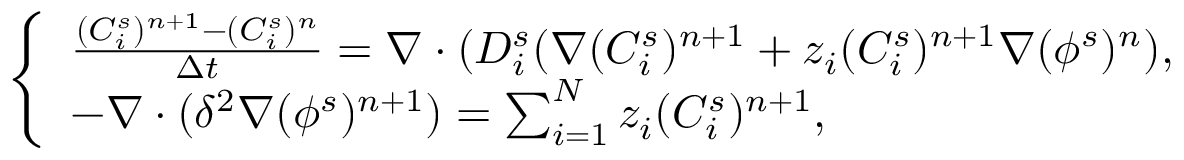
\left\{ \begin{array} { l } { \frac { ( C _ { i } ^ { s } ) ^ { n + 1 } - ( C _ { i } ^ { s } ) ^ { n } } { \Delta t } = \nabla \cdot ( D _ { i } ^ { s } ( \nabla ( C _ { i } ^ { s } ) ^ { n + 1 } + z _ { i } ( C _ { i } ^ { s } ) ^ { n + 1 } \nabla ( \phi ^ { s } ) ^ { n } ) , } \\ { - \nabla \cdot ( \delta ^ { 2 } \nabla ( \phi ^ { s } ) ^ { n + 1 } ) = \sum _ { i = 1 } ^ { N } z _ { i } ( C _ { i } ^ { s } ) ^ { n + 1 } , } \end{array} \right.